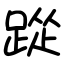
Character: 踨